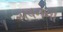
પવનની